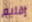
إقليم